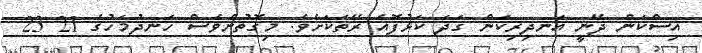
އިސްކަން ދޭނީ އަނދިރިކަން ގަދަ ކަޅުފޮއެ ރޭތަކަށެވެ. މިގޮތުންވެސް ހަނދުމަހުގެ 21 23